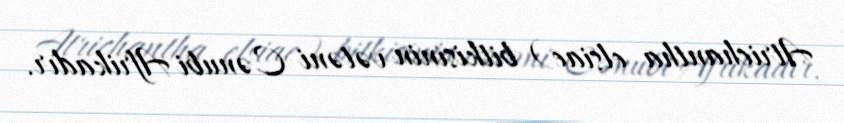
Atrichantha elsiae) bitkisinin vətəni Cənubi Afrikadır.